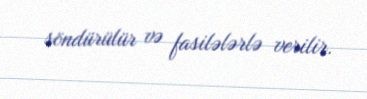
söndürülür və fasilələrlə verilir.